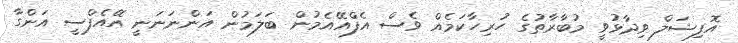
އޮފިޝަލް ވިދާޅުވީ މުބާރާތުގެ ހުރިހާކަމެއް ވެސް އެފްއޭއެމުން ބަލަމުން އަންނަނަނީ އޭއެފްސީ އަންގާ